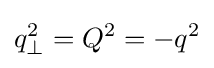
q_{\perp }^{2}=Q^{2}=-q^{2}